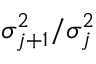
\sigma _ { j + 1 } ^ { 2 } / \sigma _ { j } ^ { 2 }